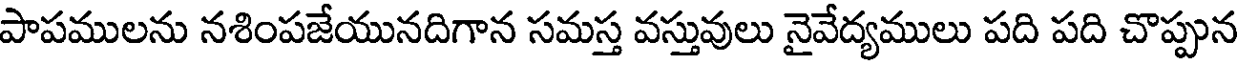
పాపములను నశింపజేయునదిగాన సమస్త వస్తువులు నైవేద్యములు పది పది చొప్పున